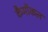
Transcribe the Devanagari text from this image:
कैमीकल